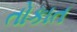
તોકાત